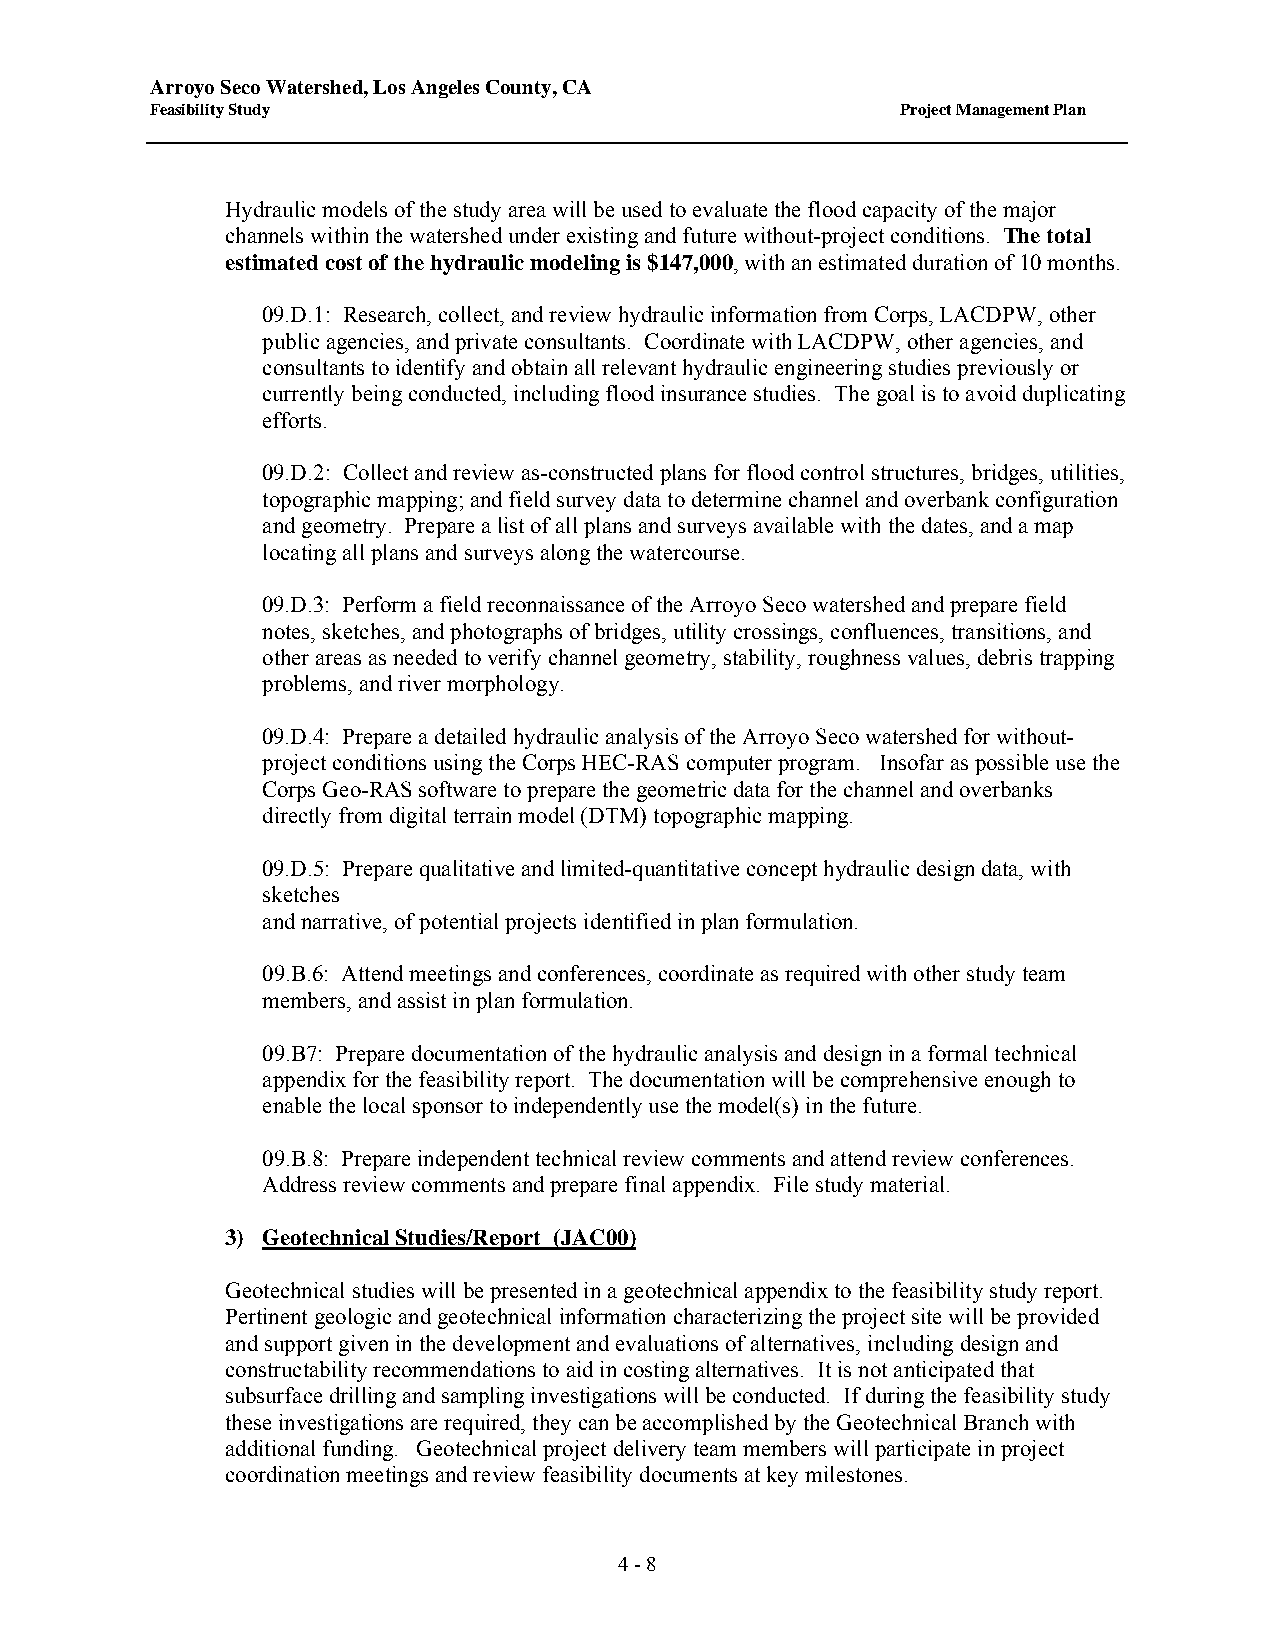
Arroyo Seco Watershed, Los Angeles County, CA
 Feasibility Study                                 Project Management Plan
 Hydraulic models of the study area will be used to evaluate the flood capacity of the major
 channels within the watershed under existing and future without-project conditions. The total
 estimated cost of the hydraulic modeling is $147,000, with an estimated duration of 10 months.
 09.D.1: Research, collect, and review hydraulic information from Corps, LACDPW, other
 public agencies, and private consultants. Coordinate with LACDPW, other agencies, and
 consultants to identify and obtain all relevant hydraulic engineering studies previously or
 currently being conducted, including flood insurance studies. The goal is to avoid duplicating
 efforts.
 09.D.2: Collect and review as-constructed plans for flood control structures, bridges, utilities,
 topographic mapping; and field survey data to determine channel and overbank configuration
 and geometry. Prepare a list of all plans and surveys available with the dates, and a map
 locating all plans and surveys along the watercourse.
 09.D.3: Perform a field reconnaissance of the Arroyo Seco watershed and prepare field
 notes, sketches, and photographs of bridges, utility crossings, confluences, transitions, and
 other areas as needed to verify channel geometry, stability, roughness values, debris trapping
 problems, and river morphology.
 09.D.4: Prepare a detailed hydraulic analysis of the Arroyo Seco watershed for without-
 project conditions using the Corps HEC-RAS computer program. Insofar as possible use the
 Corps Geo-RAS software to prepare the geometric data for the channel and overbanks
 directly from digital terrain model (DTM) topographic mapping.
 09.D.5: Prepare qualitative and limited-quantitative concept hydraulic design data, with
 sketches
 and narrative, of potential projects identified in plan formulation.
 09.B.6: Attend meetings and conferences, coordinate as required with other study team
 members, and assist in plan formulation.
 09.B7: Prepare documentation of the hydraulic analysis and design in a formal technical
 appendix for the feasibility report. The documentation will be comprehensive enough to
 enable the local sponsor to independently use the model(s) in the future.
 09.B.8: Prepare independent technical review comments and attend review conferences.
 Address review comments and prepare final appendix. File study material.
 3) Geotechnical Studies/Report (JAC00)
 Geotechnical studies will be presented in a geotechnical appendix to the feasibility study report.
 Pertinent geologic and geotechnical information characterizing the project site will be provided
 and support given in the development and evaluations of alternatives, including design and
 constructability recommendations to aid in costing alternatives. It is not anticipated that
 subsurface drilling and sampling investigations will be conducted. If during the feasibility study
 these investigations are required, they can be accomplished by the Geotechnical Branch with
 additional funding. Geotechnical project delivery team members will participate in project
 coordination meetings and review feasibility documents at key milestones.
 4 - 8